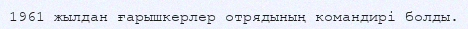
1961 жылдан ғарышкерлер отрядының командирі болды.